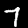
Label: 7